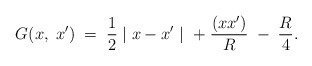
\begin{align*}G(x,\; x')\;=\;\frac{1}{2}\mid x - x' \mid \;+\;{(xx')\over R}\;-\;{R \over 4}.\end{align*}